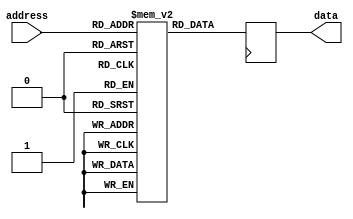
module rom (
    input [address_width-1:0] address,
    output [data_width-1:0] data
);

parameter address_width = 8;
parameter data_width = 16;
parameter mem_depth = 256;
reg [data_width-1:0] memory [0:mem_depth-1];

initial begin
    // Initialize memory content during synthesis
    // Example initialization with data
    // for (int i = 0; i < mem_depth; i = i + 1) begin
    //     memory[i] = i;
    // end
end

always @(posedge clk) begin
    // Read operation based on input address
    data <= memory[address];
end

endmodule